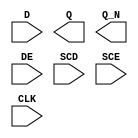
module sky130_fd_sc_hs__sedfxbp (
    //# {{data|Data Signals}}
    input  D  ,
    output Q  ,
    output Q_N,

    //# {{control|Control Signals}}
    input  DE ,

    //# {{scanchain|Scan Chain}}
    input  SCD,
    input  SCE,

    //# {{clocks|Clocking}}
    input  CLK
);

    // Voltage supply signals
    supply1 VPWR;
    supply0 VGND;

endmodule